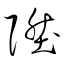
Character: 陞